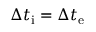
\Delta t _ { \mathrm { i } } = \Delta t _ { \mathrm { e } }